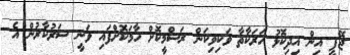
ޖޭޕީ އިން އިދިކޮޅު ހަރަކާތާ ވަކިވިކަން ރަސްމީކޮށް ހާމަކޮށްފައި ވަނީ ސަރުކާރުން އެ